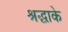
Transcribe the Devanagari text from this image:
श्रद्धाके